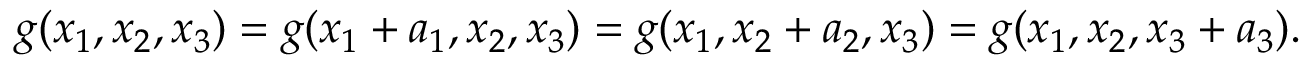
g ( x _ { 1 } , x _ { 2 } , x _ { 3 } ) = g ( x _ { 1 } + a _ { 1 } , x _ { 2 } , x _ { 3 } ) = g ( x _ { 1 } , x _ { 2 } + a _ { 2 } , x _ { 3 } ) = g ( x _ { 1 } , x _ { 2 } , x _ { 3 } + a _ { 3 } ) .